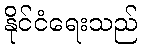
နိုင်ငံရေးသည်